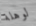
لوهلة